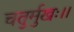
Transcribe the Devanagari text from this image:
चतुर्मुखः।।